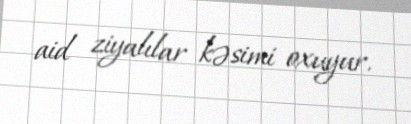
aid ziyalılar kəsimi oxuyur.